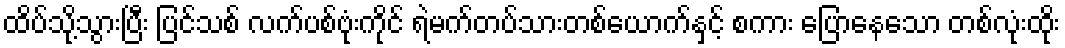
ထိပ်သို့သွားပြီး ပြင်သစ် လက်ပစ်ဗုံးကိုင် ရဲမက်တပ်သားတစ်ယောက်နှင့် စကား ပြောနေသော တစ်လုံးထိုး